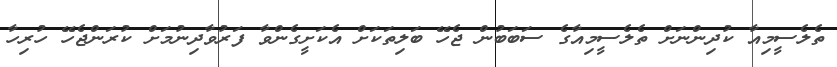
ތެލެސީމިއާ ކުދިންނަށް ތެލެސީމިއާގެ ސަބަބުން ޖެހޭ ބަލިތަކަށް އެކަށީގެންވާ ފަރުވާދިނުމަށް ކުރަންޖެހޭ ހުރިހާ